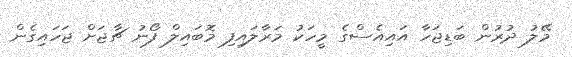
މޭލު ދުރުން ބަޑިޖަހާ އައިއެސްގެ މީހަކު މަރާލައިފި މޮބައިލް ފޯނު ޗާޖަށް ޖަހައިގެން